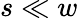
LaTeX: s\ll w